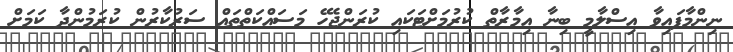
ނިންމާފައިވާ އިސްލާމީ ބިނާ އިމާރާތް ކުރުމަށްޓަކައި ކުރަންޖެހޭ މަސަައްކަތްތައް ސަރުކާރުން ކުރަމުންދާ ކަމަށް